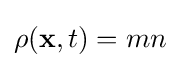
\rho (\mathbf {x} ,t)=mn